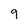
Character: 9